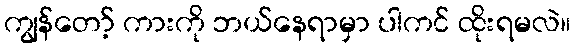
ကျွန်တော့် ကားကို ဘယ်နေရာမှာ ပါကင် ထိုးရမလဲ။